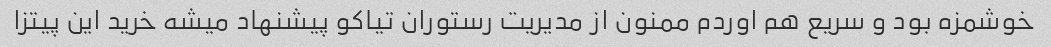
خوشمزه بود و سریع هم اوردم ممنون از مدیریت رستوران تیاکو پیشنهاد میشه خرید این پیتزا